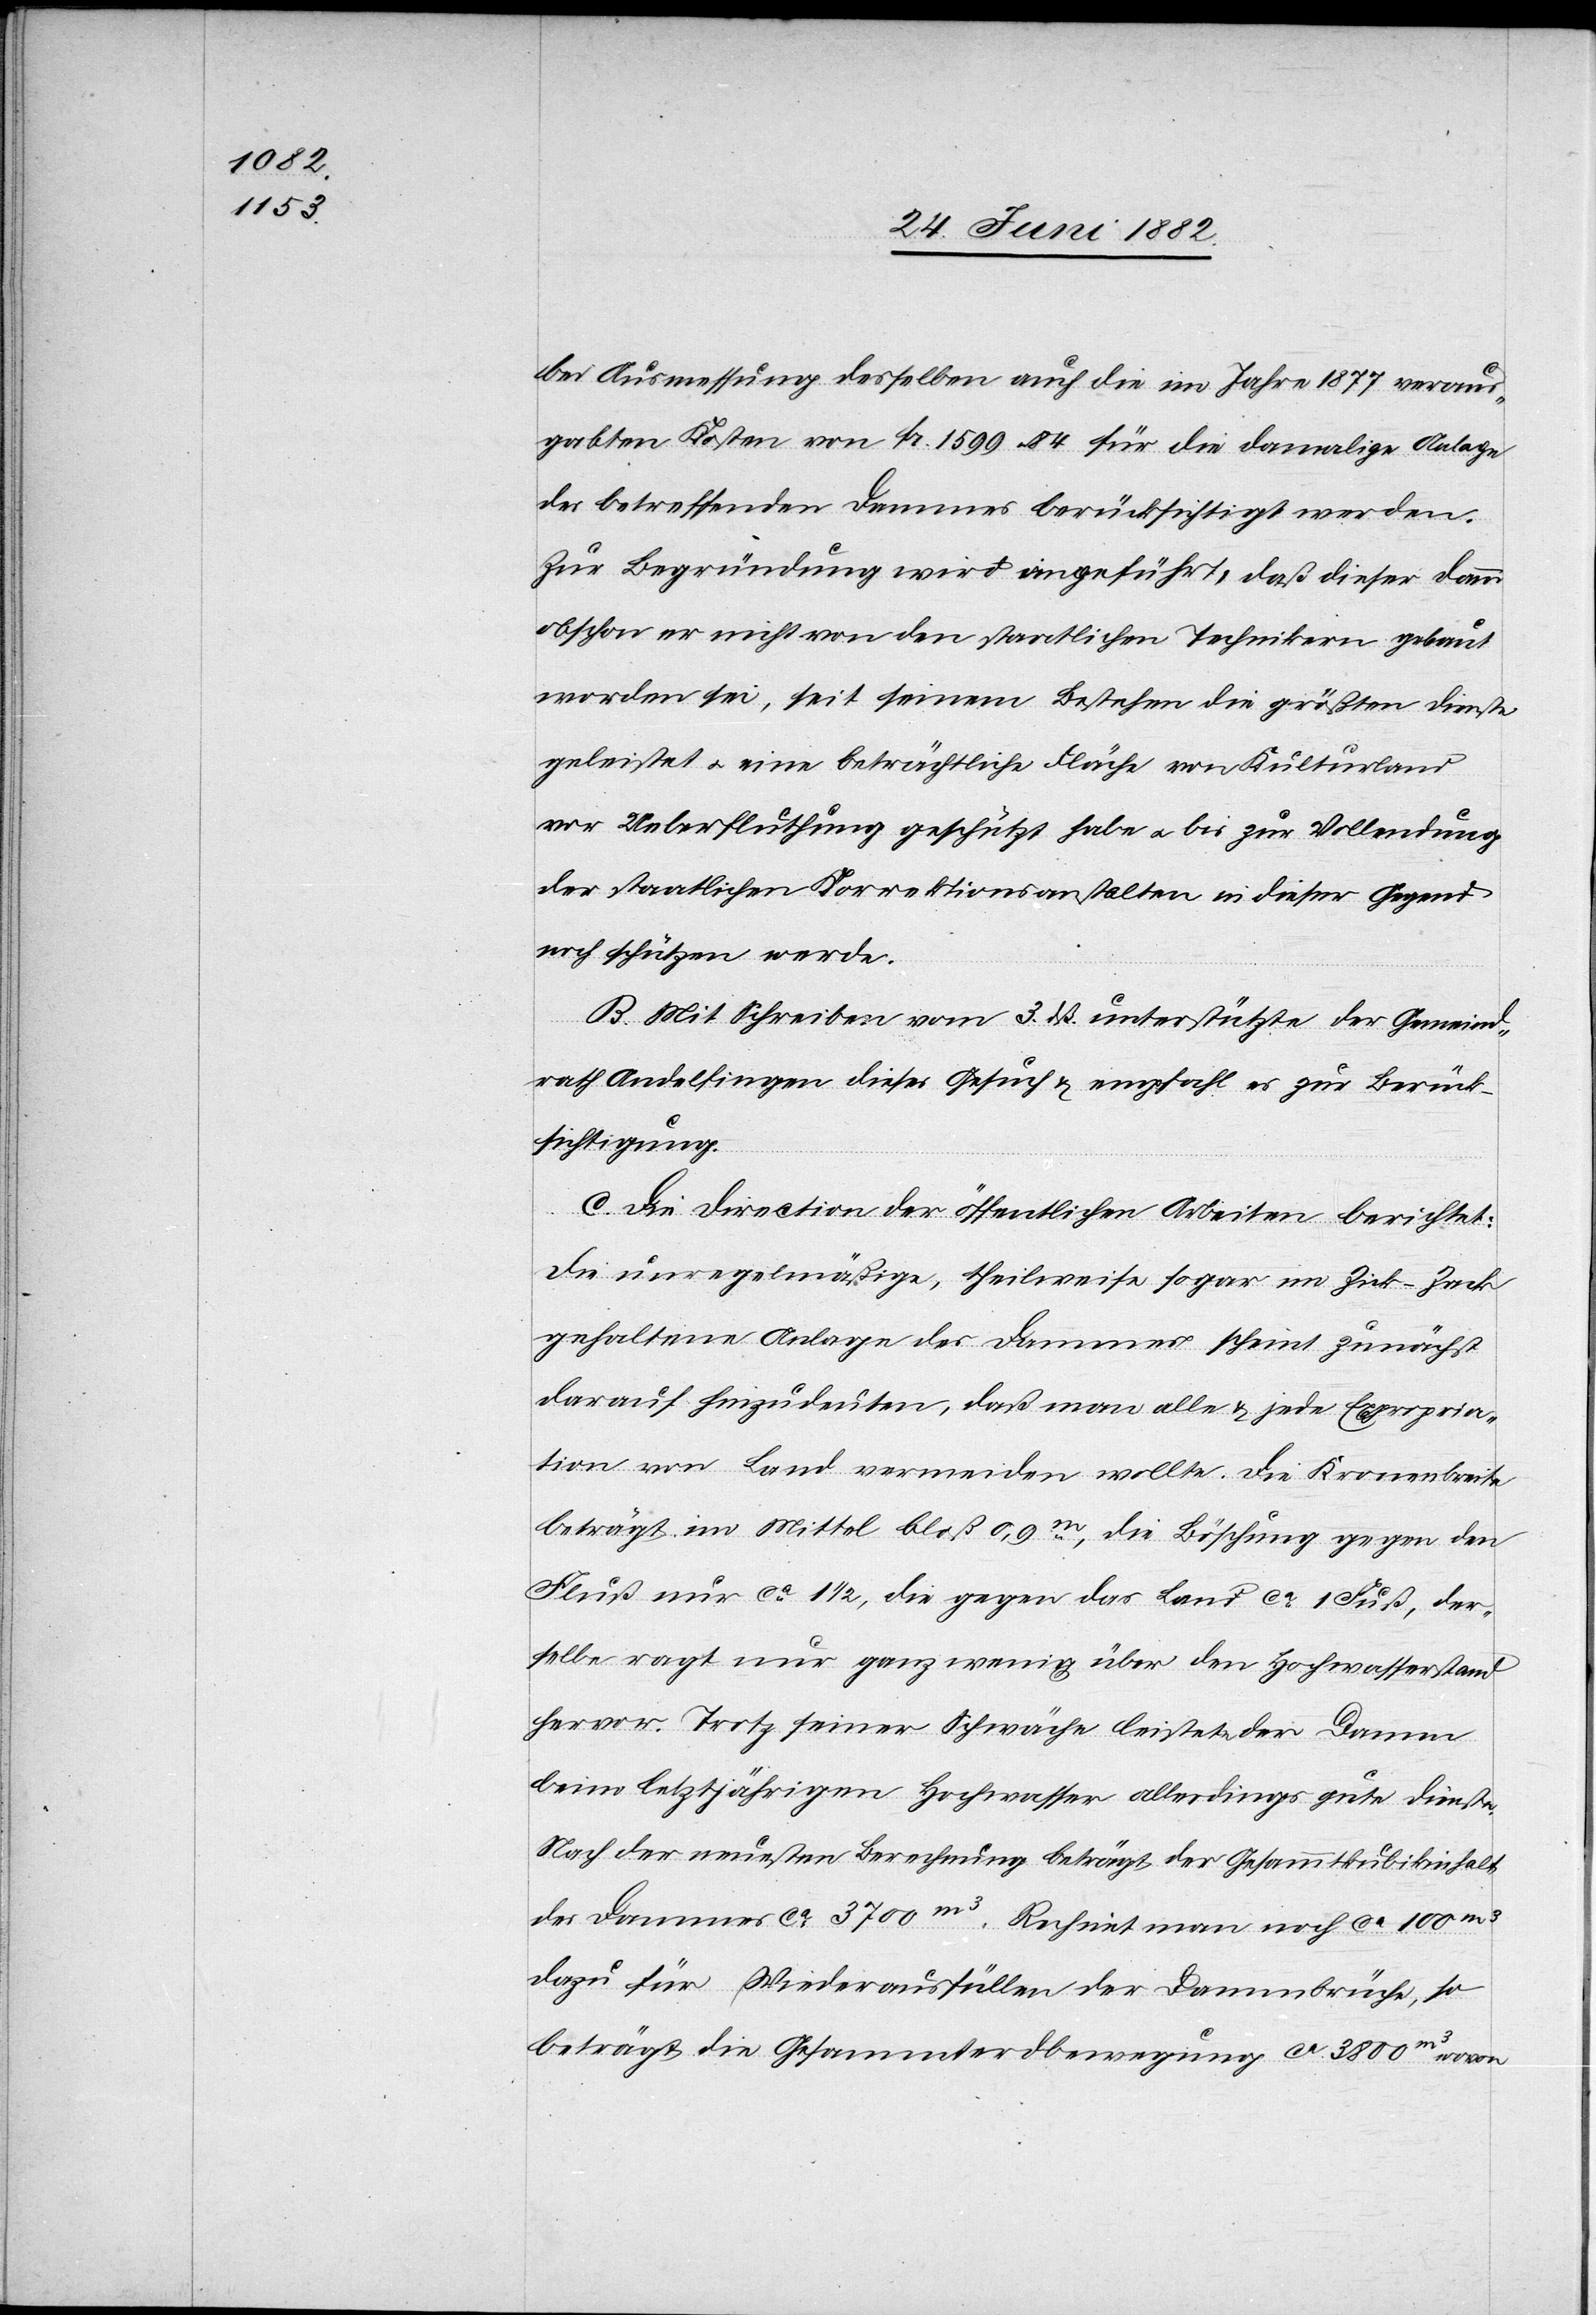
bei Ausmessung desselben auch die im Jahre 1877 veraus¬
gabten Kosten von Fr. 1599 84 für die damalige Anlage
des betreffenden Dammes berücksichtigt werden.
Zur Begründung wird angeführt, daß dieser Damm
obschon er nicht von den staatlichen Technikern gebaut
worden sei, seit seinem Bestehen die größten Dienste
geleistet u. eine beträchtliche Fläche von Kulturland
vor Ueberfluthung geschützt habe u. bis zur Vollendung
der staatlichen Korrektionsanstalten in dieser Gegend
noch schützen werde.
B. Mit Schreiben vom 3. dß. unterstützte der Gemeind¬
rath Andelfingen dieses Gesuch & empfahl es zur Berück¬
sichtigung.
C. Die Direction der öffentlichen Arbeiten berichtet:
Die unregelmäßige, theilweise sogar im Zick-Zack
gehaltene Anlage des Dammes scheint zunächst
darauf hinzudeuten, daß man alle & jede Expropria¬
tion von Land vermeiden wollte. Die Kronenbreite
beträgt im Mittel bloß 0,9m, die Böschung gegen den
Fluß nur ca 1 1/2, die gegen das Land ca 1 Fuß, der¬
selbe ragt nur ganz wenig über den Hochwasserstand
hervor. Trotz seiner Schwäche leistete der Damm
beim letztjährigen Hochwasser allerdings gute Dienste.
Nach der neuesten Berechnung beträgt der Gesammtkubikinhalt
des Dammes ca 3700m3. Rechnet man noch ca 100m3
dazu für Wiederausfüllen der Dammbrüche, so
beträgt die Gesammterdbewegung ca 3800m3 wovon